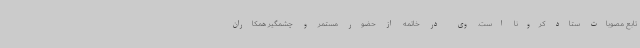
تابع مصوبات ستاد کرونا است. وی در خاتمه از حضور مستمر و چشمگیر همکاران